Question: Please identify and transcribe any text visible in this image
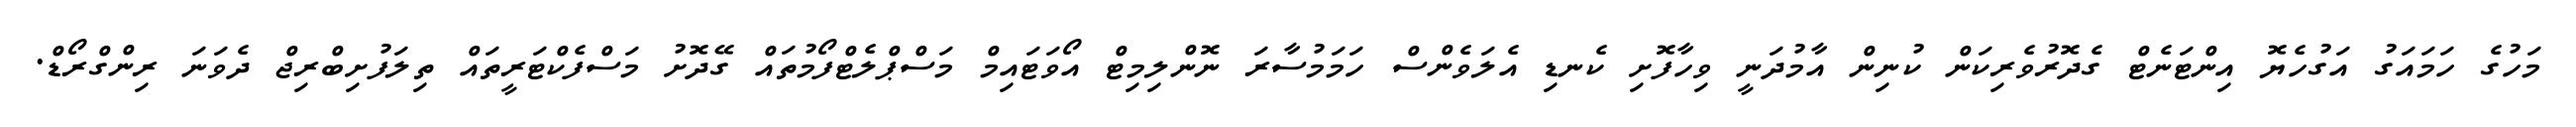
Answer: މަހުގެ ހަމައަގު އަގުހެޔޮ އިންޓަނެޓް ގެދޮރުވެރިކަން ކުނިން އާމުދަނީ ވިހާފޮށި ކެނޑި އެލަވެންސް ހަމަމުސާރަ ނޮންލިމިޓް އޯވަޓައިމް މަސްޕްލެޓްފޯމުތައް ގޭދޮށު މަސްފެކްޓަރީތައް ތިލަފުށިބްރިޖް ދެވަނަ ރިންގްރޯޑް.